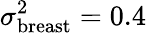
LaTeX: \sigma_{\mathrm{breast}}^{2}=0.4